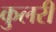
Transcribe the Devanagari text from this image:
कुलरी